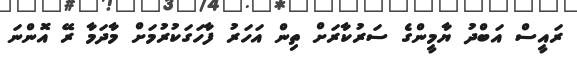
ރައީސް އަބްދު ޔާމީންގެ ސަރުކާރަށް ތިން އަހަރު ފާހަގަކުރުމަށް މާދަމާ ރޭ އޮންނަ